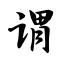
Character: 谓